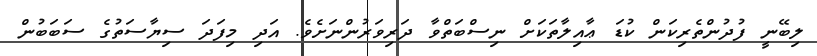
ލިބޭނީ ފުދުންތެރިކަން ކުޑަ ޢާއިލާތަކަށް ނިސްބަތްވާ ދަރިވަރުންނަށެވެ. އަދި މިފަދަ ސިޔާސަތުގެ ސަބަބުން